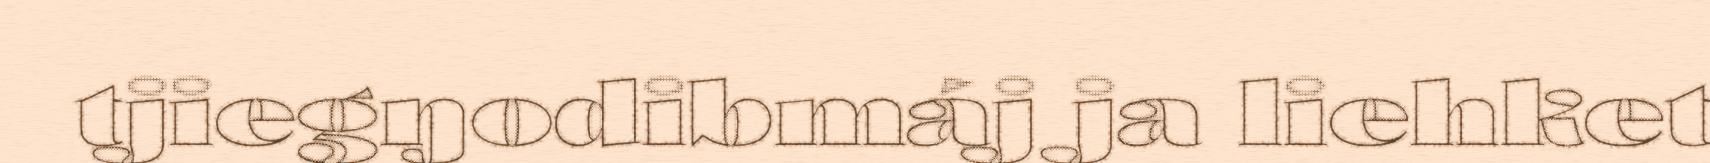
tjiegŋodibmáj ja liehket